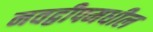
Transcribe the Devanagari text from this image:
नवद्वीपमधील